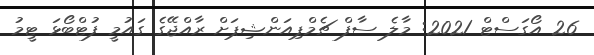
26 އޯގަސްޓް 2021: މާލެ ސާފް ޗެމްޕިއަންޝިޕަށް ރާއްޖޭގެ ގައުމީ ފުޓްބޯޅަ ޓީމު